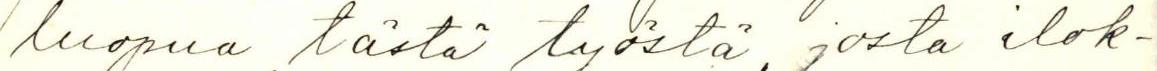
luopua tästä työstä, josta ilok-